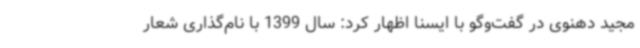
مجید دهنوی در گفت‌وگو با ایسنا اظهار کرد: سال 1399 با نام‌گذاری شعار